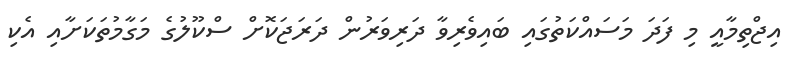
އިޖްތިމާއީ މި ފަދަ މަސައްކަތުގައި ބައިވެރިވާ ދަރިވަރުން ދަރަޖަކޮށް ސްކޫލުގެ މަގާމުތަކަށާއި އެކި